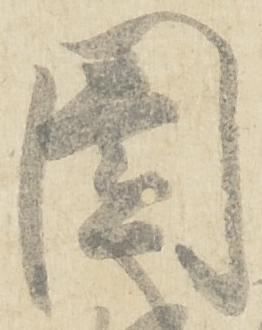
園